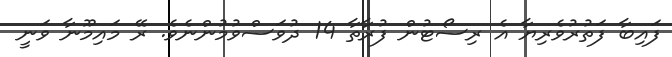
ފައިބާ ފަތުރުވެރިޔާ އެ ރިސޯޓުން ފުރާތާ 14 ދުވަސްވުމުންނެވެ. ރޭ މައިމޫނާ ވަނީ